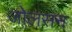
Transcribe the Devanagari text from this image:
जोलसन